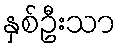
နှစ်ဦးသာ